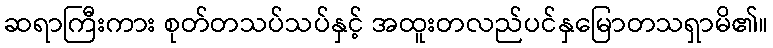
ဆရာကြီးကား စုတ်တသပ်သပ်နှင့် အထူးတလည်ပင်နှမြောတသရှာမိ၏။